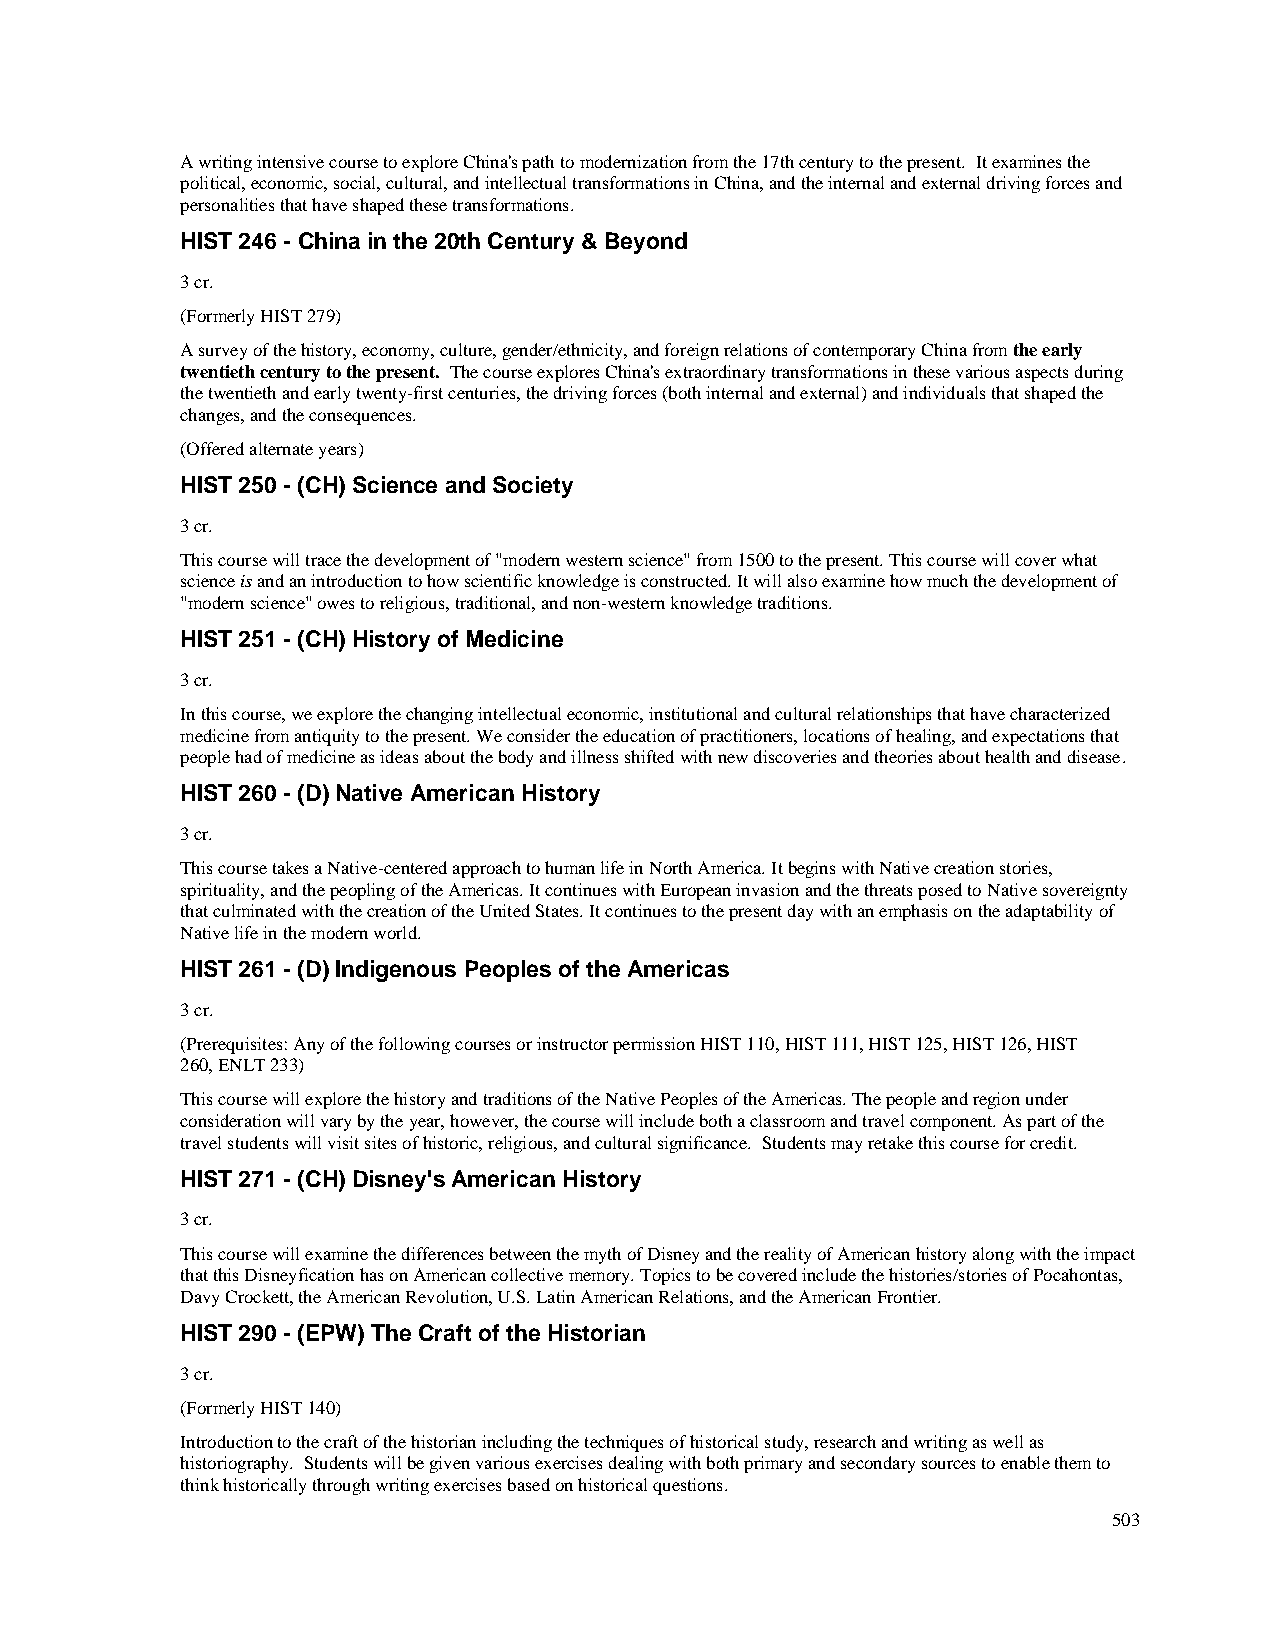
A writing intensive course to explore China's path to modernization from the 17th century to the present. It examines the
 political, economic, social, cultural, and intellectual transformations in China, and the internal and external driving forces and
 personalities that have shaped these transformations.
 HIST 246 - China in the 20th Century & Beyond
 3 cr.
 (Formerly HIST 279)
 A survey of the history, economy, culture, gender/ethnicity, and foreign relations of contemporary China from the early
 twentieth century to the present. The course explores China's extraordinary transformations in these various aspects during
 the twentieth and early twenty-first centuries, the driving forces (both internal and external) and individuals that shaped the
 changes, and the consequences.
 (Offered alternate years)
 HIST 250 - (CH) Science and Society
 3 cr.
 This course will trace the development of "modern western science" from 1500 to the present. This course will cover what
 science is and an introduction to how scientific knowledge is constructed. It will also examine how much the development of
 "modern science" owes to religious, traditional, and non-western knowledge traditions.
 HIST 251 - (CH) History of Medicine
 3 cr.
 In this course, we explore the changing intellectual economic, institutional and cultural relationships that have characterized
 medicine from antiquity to the present. We consider the education of practitioners, locations of healing, and expectations that
 people had of medicine as ideas about the body and illness shifted with new discoveries and theories about health and disease.
 HIST 260 - (D) Native American History
 3 cr.
 This course takes a Native-centered approach to human life in North America. It begins with Native creation stories,
 spirituality, and the peopling of the Americas. It continues with European invasion and the threats posed to Native sovereignty
 that culminated with the creation of the United States. It continues to the present day with an emphasis on the adaptability of
 Native life in the modern world.
 HIST 261 - (D) Indigenous Peoples of the Americas
 3 cr.
 (Prerequisites: Any of the following courses or instructor permission HIST 110, HIST 111, HIST 125, HIST 126, HIST
 260, ENLT 233)
 This course will explore the history and traditions of the Native Peoples of the Americas. The people and region under
 consideration will vary by the year, however, the course will include both a classroom and travel component. As part of the
 travel students will visit sites of historic, religious, and cultural significance. Students may retake this course for credit.
 HIST 271 - (CH) Disney's American History
 3 cr.
 This course will examine the differences between the myth of Disney and the reality of American history along with the impact
 that this Disneyfication has on American collective memory. Topics to be covered include the histories/stories of Pocahontas,
 Davy Crockett, the American Revolution, U.S. Latin American Relations, and the American Frontier.
 HIST 290 - (EPW) The Craft of the Historian
 3 cr.
 (Formerly HIST 140)
 Introduction to the craft of the historian including the techniques of historical study, research and writing as well as
 historiography. Students will be given various exercises dealing with both primary and secondary sources to enable them to
 think historically through writing exercises based on historical questions.
 503